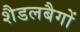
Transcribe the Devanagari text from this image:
शैडलबैगों